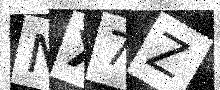
Text: NX7Z